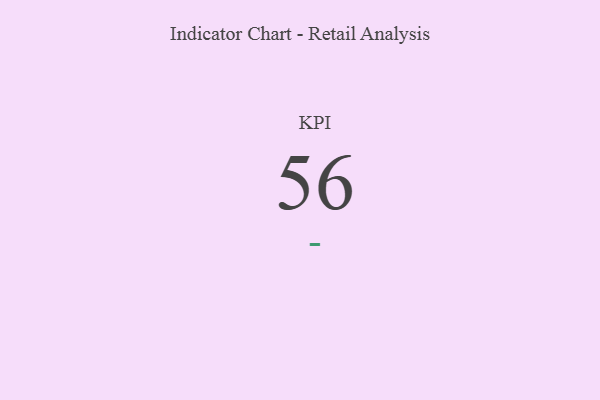
{"axis": {"x": "KPI", "y": "Value"}, "legend": [""], "data": [{"x": "KPI", "y": 56, "type": ""}]}